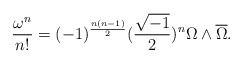
\begin{align*}\frac{\omega^{n}}{n!} = (-1)^{\frac{n(n-1)}{2}} (\frac{\sqrt{-1}}{2})^{n} \Omega \wedge \overline{\Omega}.\end{align*}